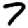
Digit: 7